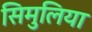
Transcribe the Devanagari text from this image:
सिमुलिया